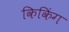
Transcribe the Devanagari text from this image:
किकिंग